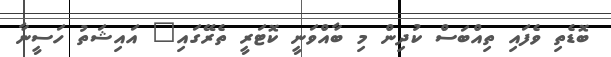
ބޮޑެތި ވެފައި ތިއްބަސް ކުދިން މި ބާއްވަނީ ކޮޓަރީ ތެރޭގައި" އައިޝަތު ހަސީނާ